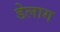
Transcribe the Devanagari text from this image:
डेलाग